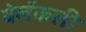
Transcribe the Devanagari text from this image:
वेलॅकली